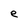
Character: e